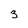
Character: 3